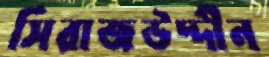
সিরাজউদ্দীন